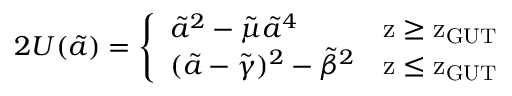
2 U ( \tilde { a } ) = \left\{ \begin{array} { l l } { { { \tilde { a } } ^ { 2 } - { \tilde { \mu } } { \tilde { a } } ^ { 4 } \ \ \ } } & { { \mathrm { z \geq z _ { G U T } } } } \\ { { ( \tilde { a } - { \tilde { \gamma } } ) ^ { 2 } - { \tilde { \beta } } ^ { 2 } } } & { { \mathrm { z \leq z _ { G U T } } } } \end{array} \right.